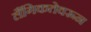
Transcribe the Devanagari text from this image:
लैंगिकतेवरून